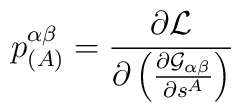
p^{\alpha\beta}_{( A)} =\frac{\partial {\cal L}}{     \partial \left( \frac{ \partial {\cal G}_{\alpha\beta} }{\partial s^{A}}   \right)     }